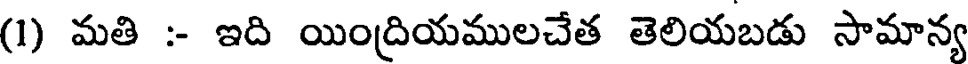
(1) మతి :- ఇది యింద్రియములచేత తెలియబడు సామాన్య